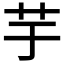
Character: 芋